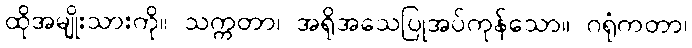
ထိုအမျိုးသားကို။ သက္ကတာ၊ အရိုအသေပြုအပ်ကုန်သော။ ဂရုံကတာ၊